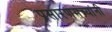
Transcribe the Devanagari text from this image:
प्रसारणमंत्र्यांनी